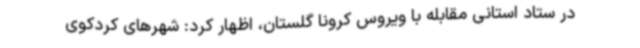
در ستاد استانی مقابله با ویروس کرونا گلستان، اظهار کرد: شهرهای کردکوی